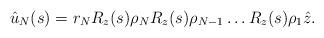
LaTeX: \begin{align*}\hat u_N(s)=r_N R_z(s) \rho_N R_z(s) \rho_{N-1} \dots R_z(s) \rho_1 \hat z.\end{align*}